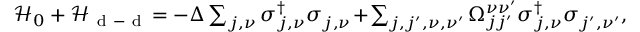
\begin{array} { r } { \mathcal { H } _ { 0 } + \mathcal { H } _ { \mathrm { ~ d ~ - ~ d ~ } } \! = - \Delta \sum _ { j , \nu } \sigma _ { j , \nu } ^ { \dagger } \sigma _ { j , \nu } ^ { \phantom { \dagger } } \! + \! \sum _ { j , j ^ { \prime } , \nu , \nu ^ { \prime } } \Omega _ { j j ^ { \prime } } ^ { \nu \nu ^ { \prime } } \sigma _ { j , \nu } ^ { \dagger } \sigma _ { j ^ { \prime } , \nu ^ { \prime } } ^ { \phantom { \dagger } } , } \end{array}